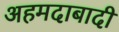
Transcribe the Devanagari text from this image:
अहमदाबादी